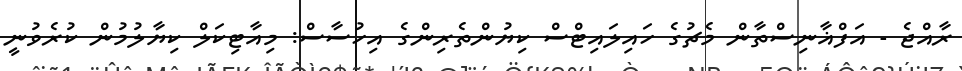
ރާއްޖެ - އަފްޣާނިސްތާން މެޗުގެ ހައިލައިޓްސް ކިޔުންތެރިންގެ އިހުސާސް: މިއާޓިކަލް ކިޔާލުމުން ކުރެވުނީ